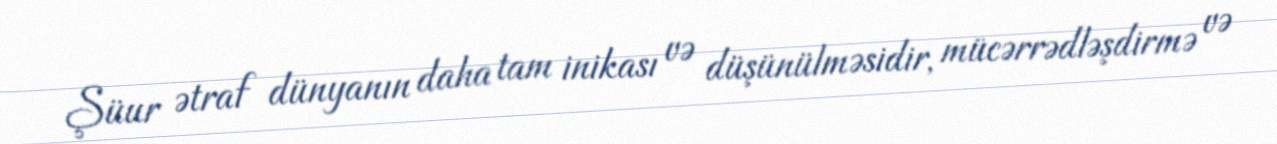
Şüur ətraf dünyanın daha tam inikası və düşünülməsidir, mücərrədləşdirmə və